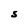
Character: S